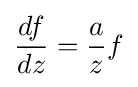
{\frac {df}{dz}}={\frac {a}{z}}f